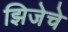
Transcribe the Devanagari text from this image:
झिजेचे